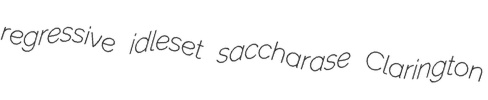
regressive idleset saccharase Clarington